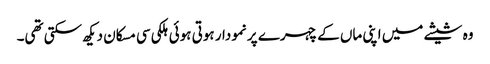
وہ شیشے میں اپنی ماں کے چہرے پر نمودار ہوتی ہوئی ہلکی سی مسکان دیکھ سکتی تھی۔